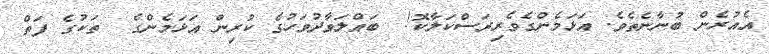
އެއުރެން ބުނާނެތެވެ. އަޅަމެންގެވެރިރަސްކަލާކޮ!  ބައްލަވާދުވަހުގެ ކުރިން އަޅަމެންގެ  ތަކުގެ ފަތް